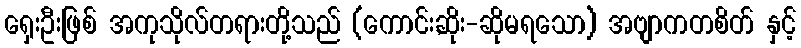
ရှေးဦးဖြစ် အကုသိုလ်တရားတို့သည် (ကောင်း,ဆိုး-ဆိုမရသော) အဗျာကတစိတ် နှင့်